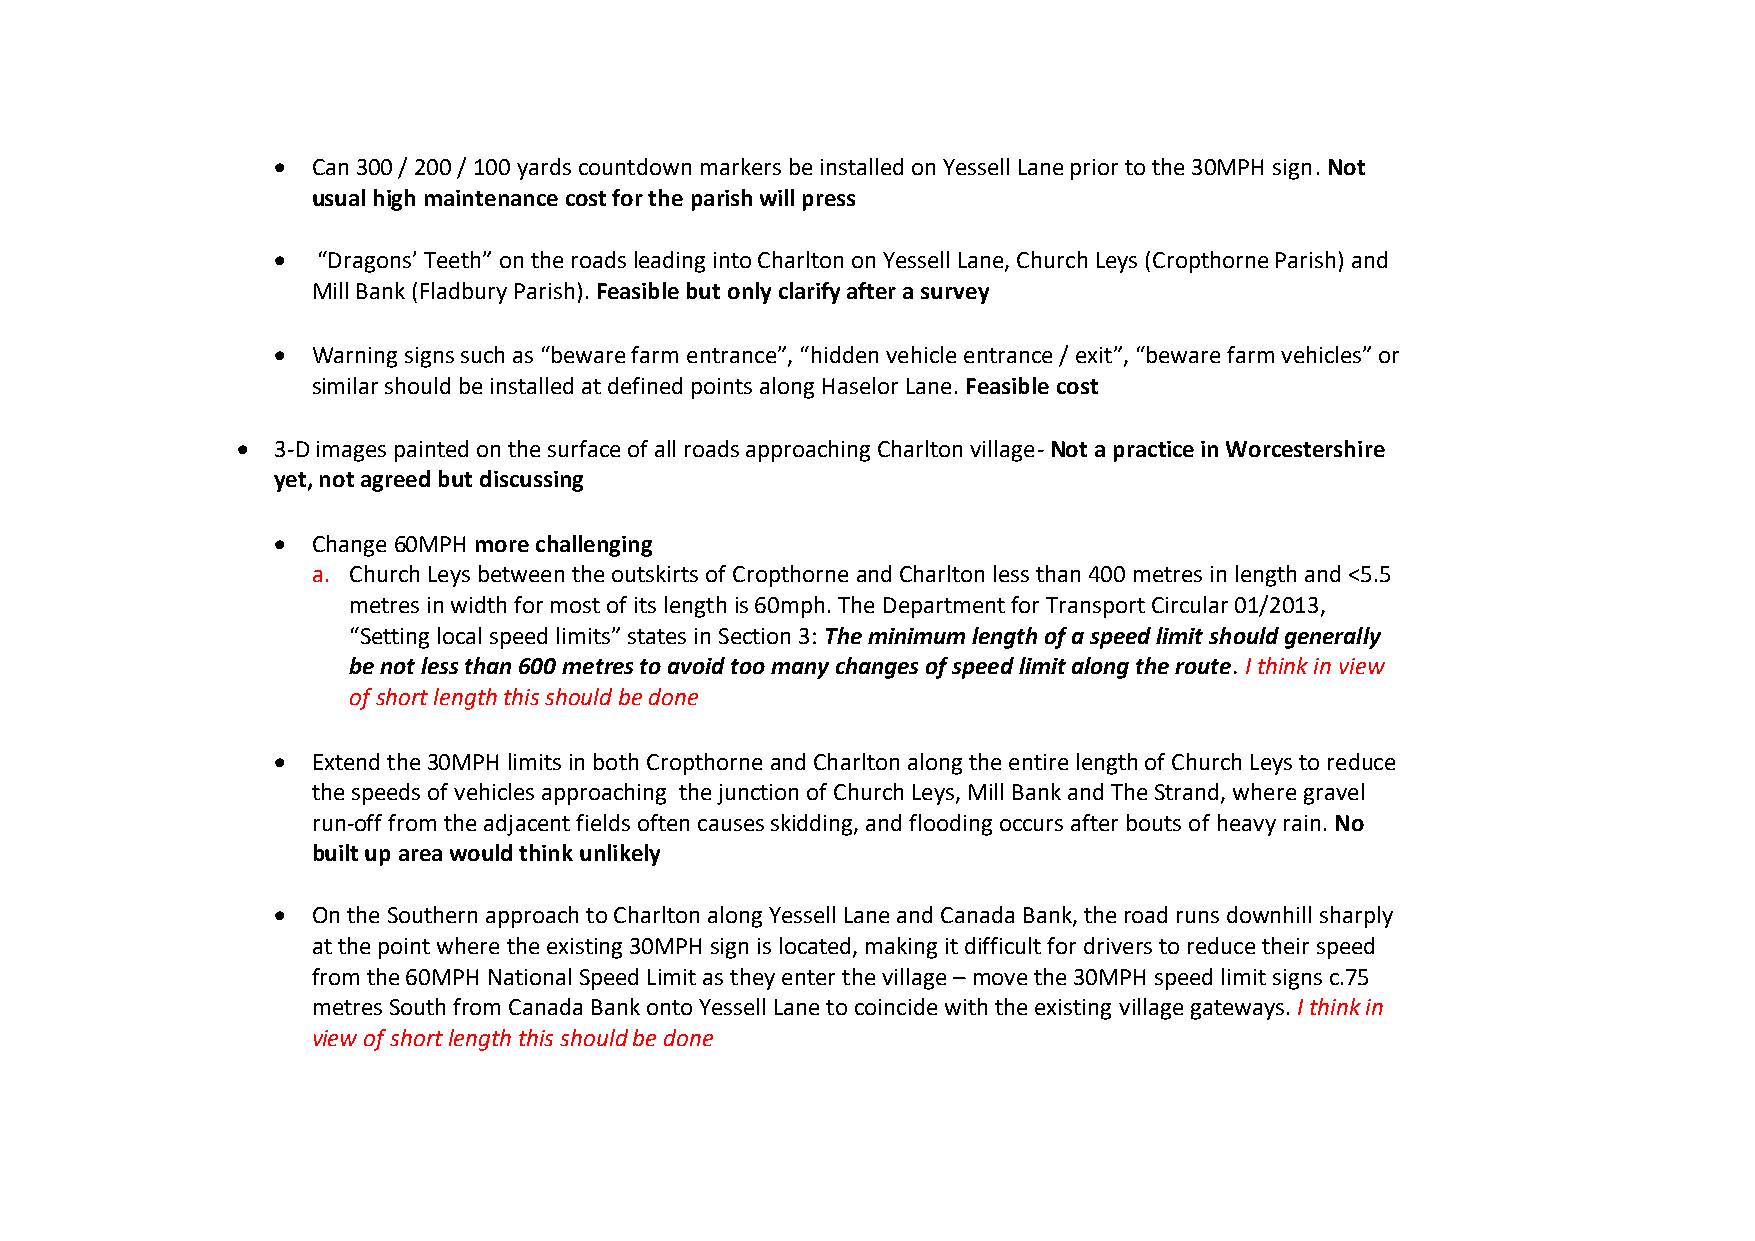
•  Can 300 / 200 / 100 yards countdown markers be installed on Yessell Lane prior to the 30MPH sign. Not
 usual high maintenance cost for the parish will press
 •  “Dragons’ Teeth” on the roads leading into Charlton on Yessell Lane, Church Leys (Cropthorne Parish) and
 Mill Bank (Fladbury Parish). Feasible but only clarify after a survey
 •  Warning signs such as “beware farm entrance”, “hidden vehicle entrance / exit”, “beware farm vehicles” or
 similar should be installed at defined points along Haselor Lane. Feasible cost
 • 3-D images painted on the surface of all roads approaching Charlton village- Not a practice in Worcestershire
 yet, not agreed but discussing
 •  Change 60MPH more challenging
 a. Church Leys between the outskirts of Cropthorne and Charlton less than 400 metres in length and <5.5
 metres in width for most of its length is 60mph. The Department for Transport Circular 01/2013,
 “Setting local speed limits” states in Section 3: The minimum length of a speed limit should generally
 be not less than 600 metres to avoid too many changes of speed limit along the route. I think in view
 of short length this should be done
 •  Extend the 30MPH limits in both Cropthorne and Charlton along the entire length of Church Leys to reduce
 the speeds of vehicles approaching the junction of Church Leys, Mill Bank and The Strand, where gravel
 run-off from the adjacent fields often causes skidding, and flooding occurs after bouts of heavy rain. No
 built up area would think unlikely
 •  On the Southern approach to Charlton along Yessell Lane and Canada Bank, the road runs downhill sharply
 at the point where the existing 30MPH sign is located, making it difficult for drivers to reduce their speed
 from the 60MPH National Speed Limit as they enter the village – move the 30MPH speed limit signs c.75
 metres South from Canada Bank onto Yessell Lane to coincide with the existing village gateways. I think in
 view of short length this should be done